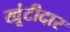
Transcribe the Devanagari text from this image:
खूंटीदार